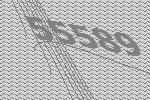
55589